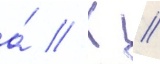
а́ // К //